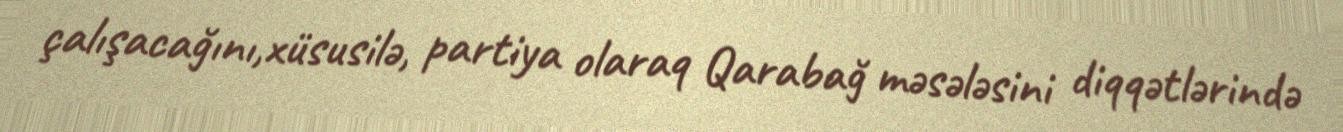
çalışacağını,xüsusilə, partiya olaraq Qarabağ məsələsini diqqətlərində